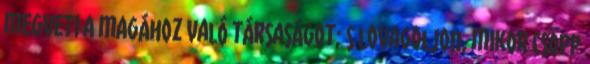
megveti a magához való társaságot; s lovagoljon, mikor csöpp